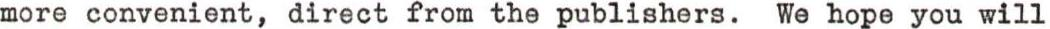
more convenient, direct from the publishers. We hope you will